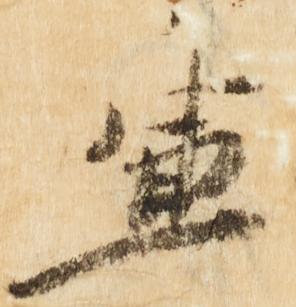
兼